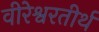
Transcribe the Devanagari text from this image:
वीरेश्वरतीर्थ